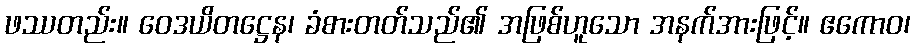
ဖဿတည်း။ ဝေဒယိတဋ္ဌေန၊ ခံစားတတ်သည်၏ အဖြစ်ဟူသော အနက်အားဖြင့်။ ဧကောဝ၊